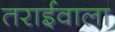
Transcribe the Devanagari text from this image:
तराईवाला